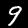
Label: 9